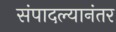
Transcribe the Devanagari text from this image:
संपादल्यानंतर